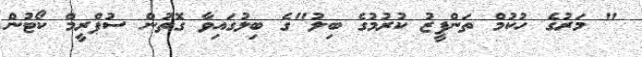
" މަރުގެ ހުކުމް ތަންފީޒު ކުރުމުގެ ބިލު"ގެ ބިލުގައިވާ ގޮތުން ސުޕްރީމް ކޯޓުން